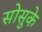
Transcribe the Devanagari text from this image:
सोसुके